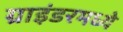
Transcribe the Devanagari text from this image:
ग्राइंडरमध्ये